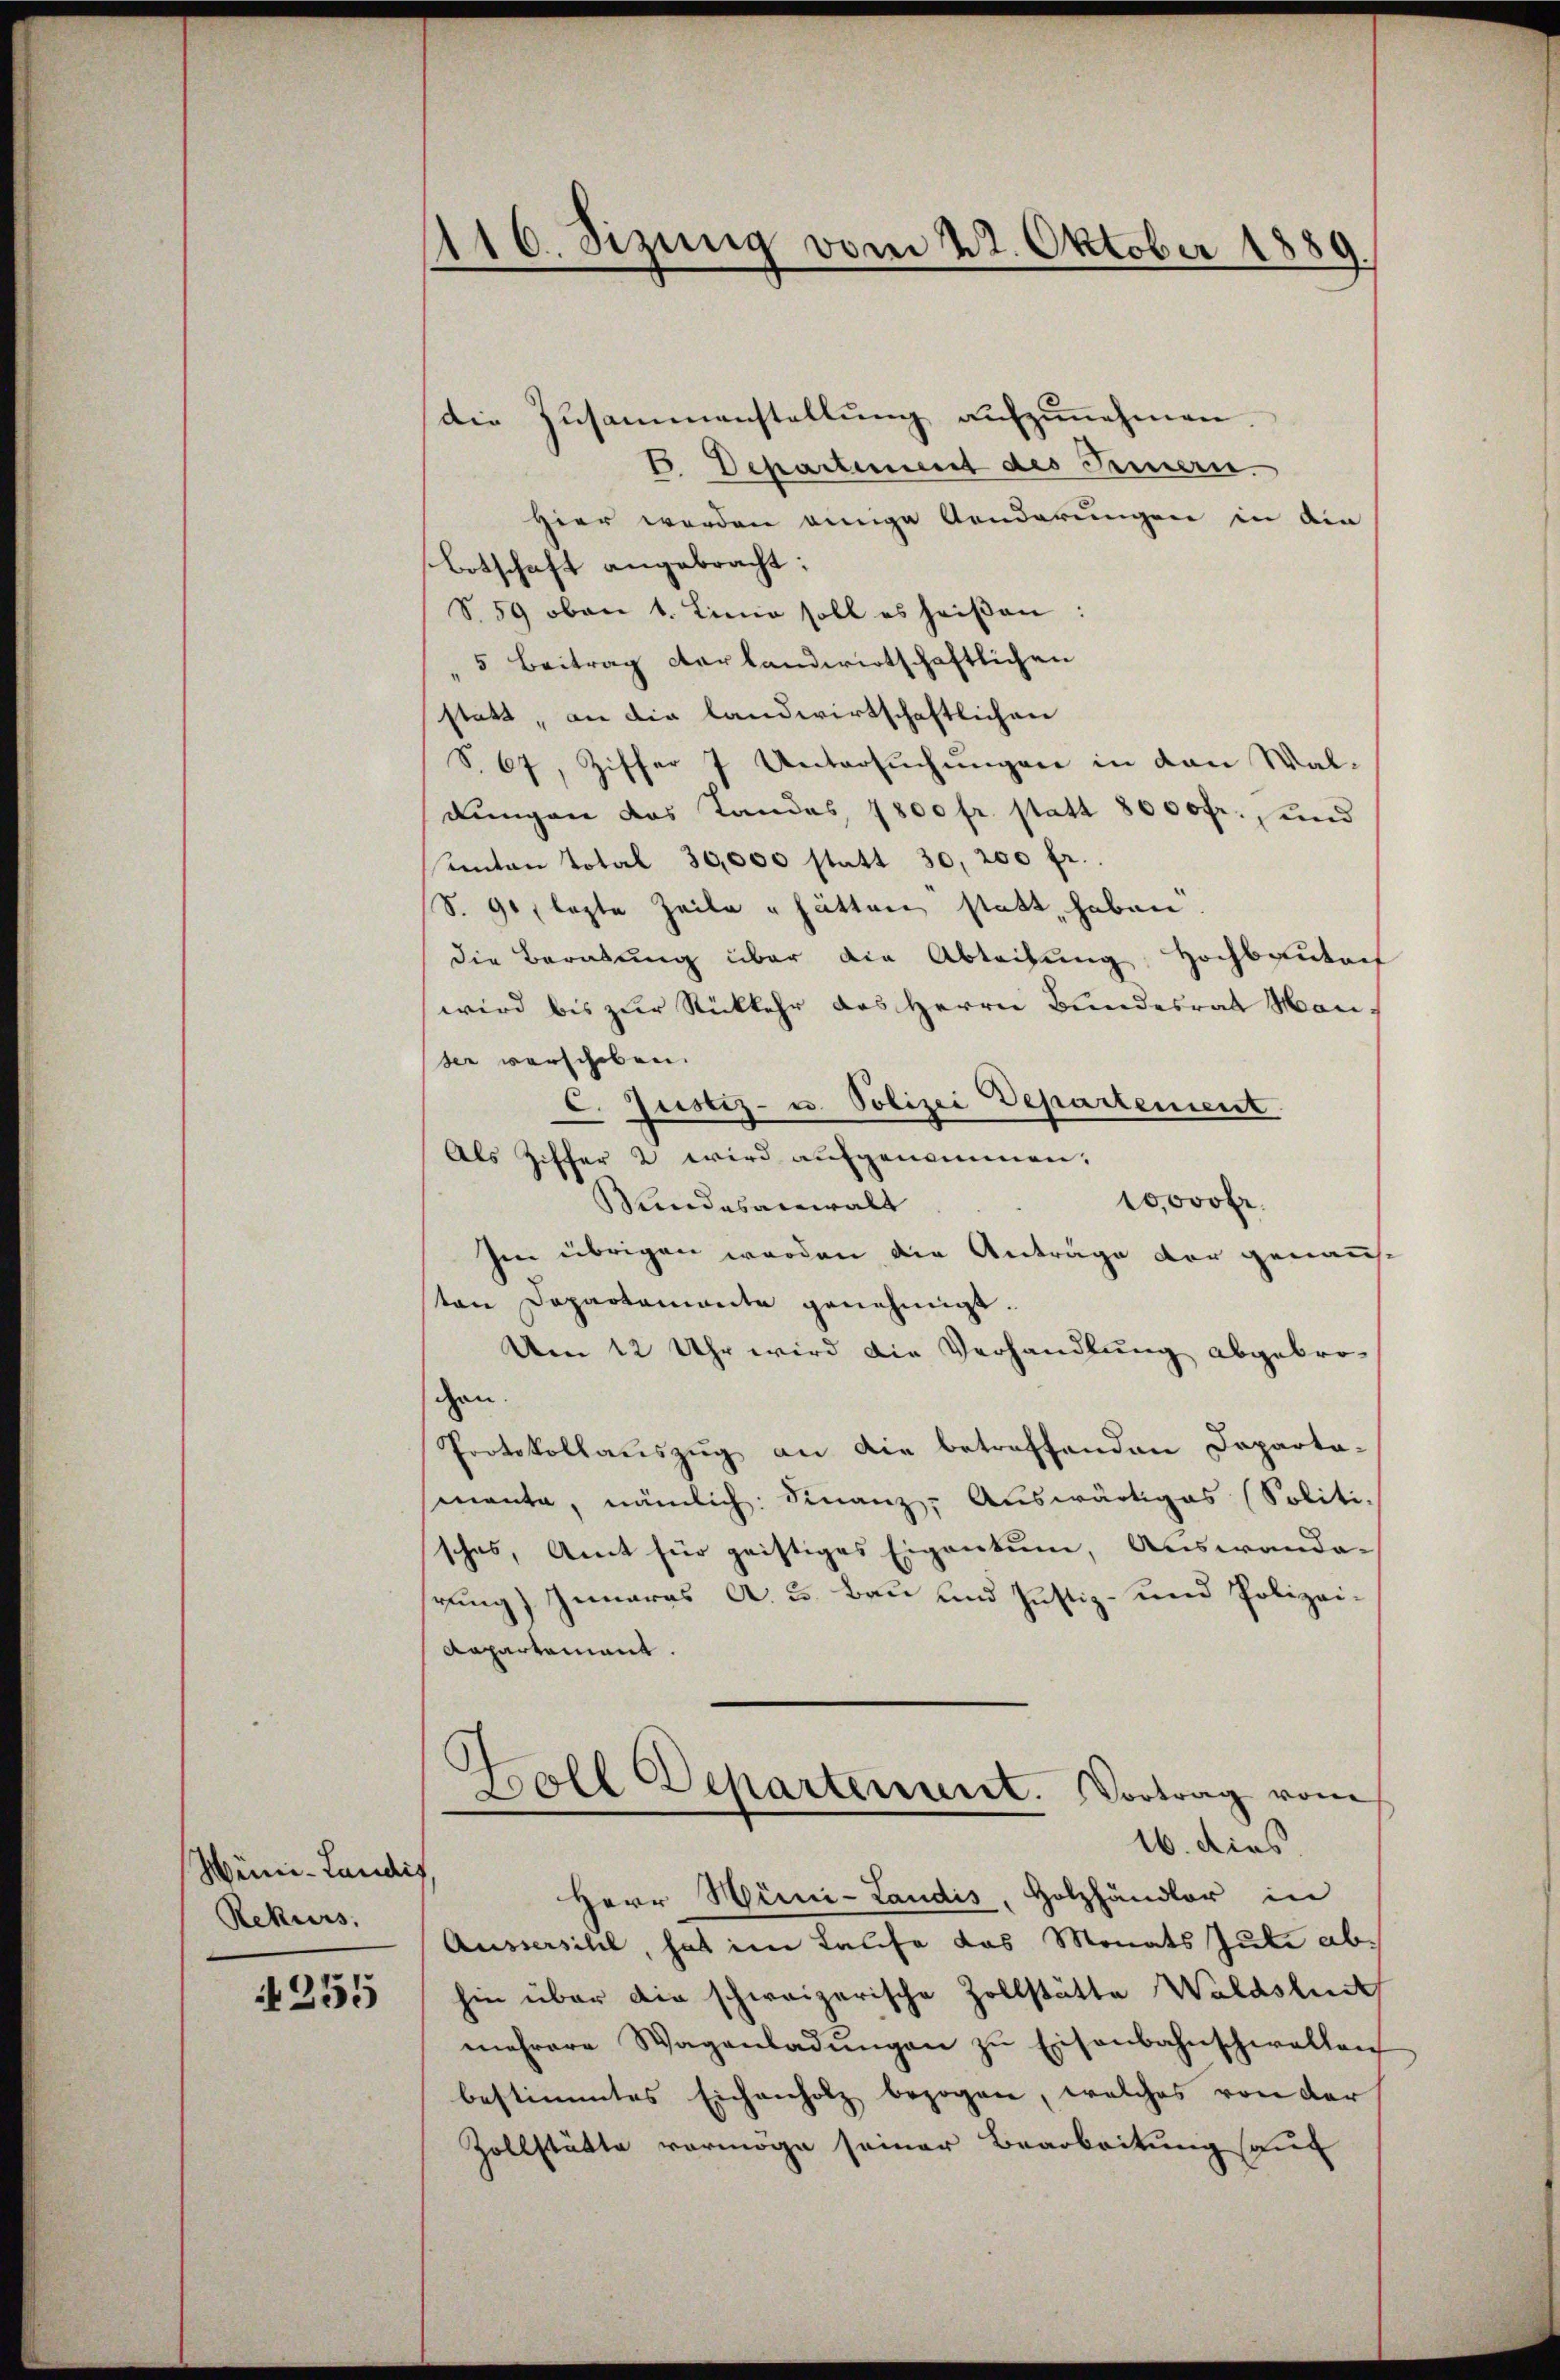
Weini-Landis,
Rekurs,

255

116. Sizung vom 22. Oktober 1889.

die Zusammenstellŭng aufzunehmen
B. Departiment des Fernern.
Hier werden einige Aenderungen in die
Botschaft angebracht:
S.59 oben 1. Linio soll es heiβen:
5 Beitrag der landwirtschaftlichen
statt, an die landwirtschaftlichen
S. 67, Ziffer 7 Untersuchungen in den Waldungen das Landes 1800 fr. statt 8000fr., und
anton Total 30,000 statt 30, 200 fr.
S. 90   lezte Zeile hätten statt, haben
die Beratung über die Abteilung, Hochbautof
wird bis zur Rückkehr des Herrn Bundesrat Mansee verschoben.
c. Justiz- u. Polizei Departement
Als Ziffer 2 wird aufgenommen:
10,000 fr.
Wundesanwalt
Im übrigen werden die Anträge der genannton Departamonte genehmigt.
Um 12 Uhr wird die Verhandlung abgebrochen.
Protokollauszug an die betreffenden Departa-
manta, nämlich: Finanz. Auswärtiges (Soliti-
sches, Amt für geistiges Eigentum, Auswande-
rung) Iunaras A. u. Bau und Justiz- und Polizei¬
Repartement.
Holl Departement. Vortrag vom
i
16. dies
Herr Hüni-Landis, Holzhändler in
Aussersihl, hat im Laufe das Monats Gute abhin über die schweizerische Zollstätte Waldshut
mehrere Wagenladŭngen zu Eisenbahnschwellen
bestimmtes Eichenholz bezogen, welches von der
Zollstätte vermöge seiner Bearbeitung auf